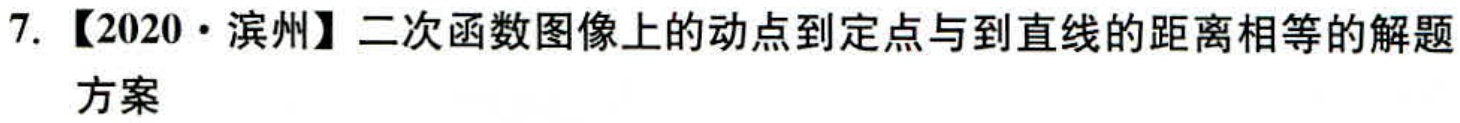
7. 【2020·滨州】二次函数图像上的动点到定点与到直线的距离相等的解题方案